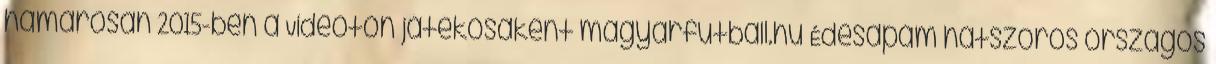
hamarosan 2015-ben a Videoton játékosaként magyarfutball.hu Édesapám hatszoros országos